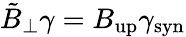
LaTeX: \tilde{{B}}_{\perp}\gamma=B_{\mathrm{up}}\gamma_{\mathrm{syn}}